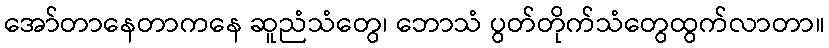
အော်တာနေတာကနေ ဆူညံသံတွေ၊ ဘောသံ ပွတ်တိုက်သံတွေထွက်လာတာ။